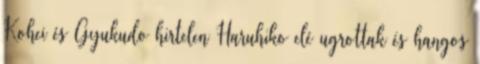
Kohei és Gyukudo hirtelen Haruhiko elé ugrottak és hangos